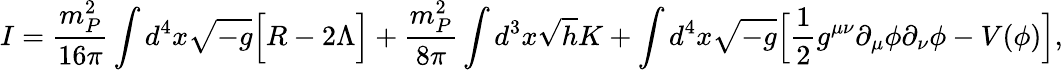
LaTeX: I=\frac{m_{P}^{2}}{16\pi}\int d^{4}x\sqrt{-g}\Bigl[R-2\Lambda\Bigr]+\frac{m_{P}^{2}}{8\pi}\int d^{3}x\sqrt{h}K+\int d^{4}x\sqrt{-g}\Bigl[\frac{1}{2}g^{\mu\nu}\partial_{\mu}\phi\partial_{\nu}\phi-V(\phi)\Bigr],